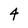
Character: 4